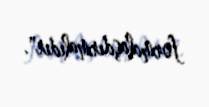
formalaşdırmalıdır".